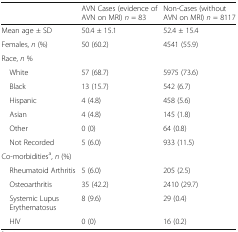
<table><thead><tr><td></td><td><b>AVN Cases (evidence of AVN on MRI) <i>n</i> = 83</b></td><td><b>Non-Cases (without AVN on MRI) <i>n</i> = 8117</b></td></tr></thead><tbody><tr><td>Mean age ± SD</td><td>50.4 ± 15.1</td><td>52.4 ± 15.4</td></tr><tr><td>Females, <i>n</i> (%)</td><td>50 (60.2)</td><td>4541 (55.9)</td></tr><tr><td colspan="3">Race, <i>n</i> %</td></tr><tr><td> White</td><td>57 (68.7)</td><td>5975 (73.6)</td></tr><tr><td> Black</td><td>13 (15.7)</td><td>542 (6.7)</td></tr><tr><td> Hispanic</td><td>4 (4.8)</td><td>458 (5.6)</td></tr><tr><td> Asian</td><td>4 (4.8)</td><td>145 (1.8)</td></tr><tr><td> Other</td><td>0 (0)</td><td>64 (0.8)</td></tr><tr><td> Not Recorded</td><td>5 (6.0)</td><td>933 (11.5)</td></tr><tr><td colspan="3">Co-morbidities<sup>a</sup>, <i>n</i> (%)</td></tr><tr><td> Rheumatoid Arthritis</td><td>5 (6.0)</td><td>205 (2.5)</td></tr><tr><td> Osteoarthritis</td><td>35 (42.2)</td><td>2410 (29.7)</td></tr><tr><td> Systemic Lupus Erythematosus</td><td>8 (9.6)</td><td>29 (0.4)</td></tr><tr><td> HIV</td><td>0 (0)</td><td>16 (0.2)</td></tr></tbody></table>